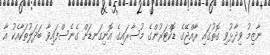
ނާޒިމު ވިދާޅުވި ގޮތުގައި ރާއްޖޭގެ ޑޮކްޓަރުންގެ މުސާރައިގެ އޮނިގަނޑަށް ގެނެސްފައިވާ ބަދަލުތަކާއެކު އާ